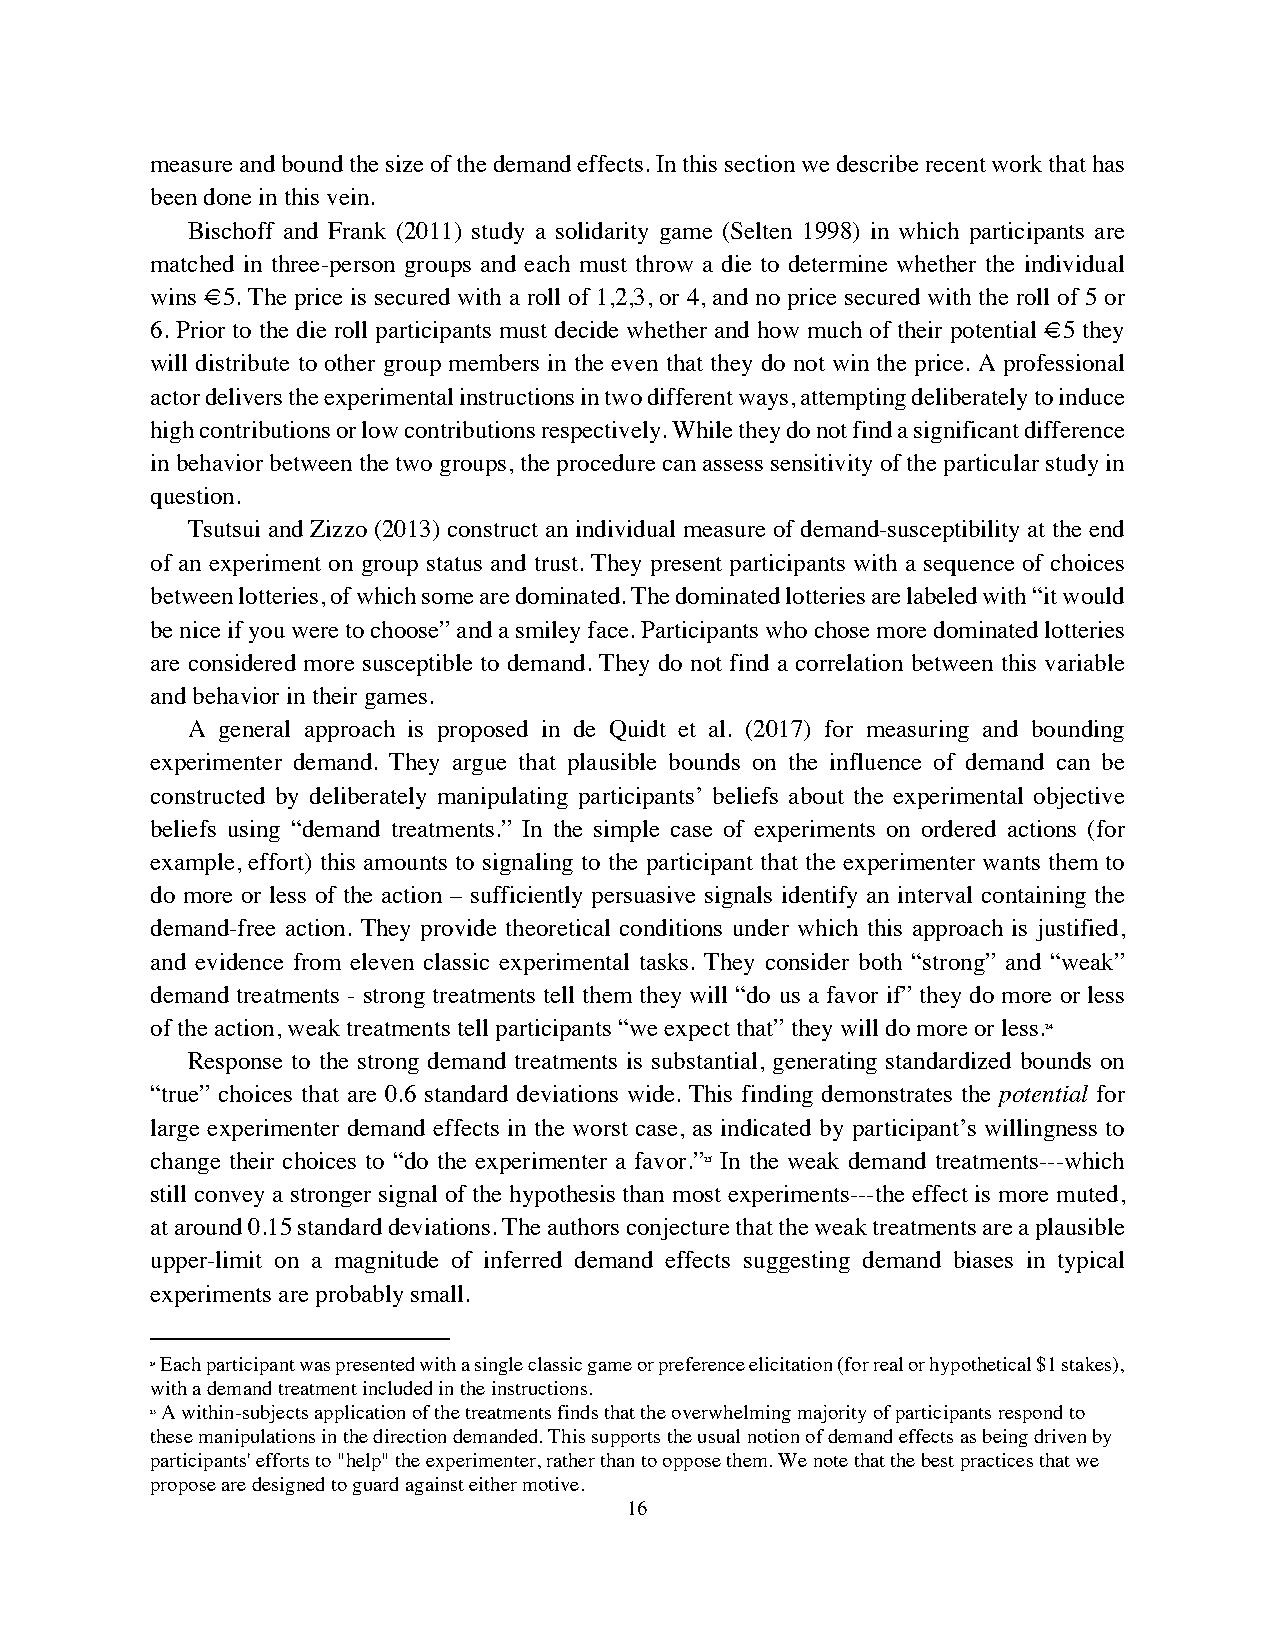
measure and bound the size of the demand effects. In this section we describe recent work that has
 been done in this vein.
 Bischoff and Frank (2011) study a solidarity game (Selten 1998) in which participants are
 matched in three-person groups and each must throw a die to determine whether the individual
 wins €5. The price is secured with a roll of 1,2,3, or 4, and no price secured with the roll of 5 or
 6. Prior to the die roll participants must decide whether and how much of their potential €5 they
 will distribute to other group members in the even that they do not win the price. A professional
 actor delivers the experimental instructions in two different ways, attempting deliberately to induce
 high contributions or low contributions respectively. While they do not find a significant difference
 in behavior between the two groups, the procedure can assess sensitivity of the particular study in
 question.
 Tsutsui and Zizzo (2013) construct an individual measure of demand-susceptibility at the end
 of an experiment on group status and trust. They present participants with a sequence of choices
 between lotteries, of which some are dominated. The dominated lotteries are labeled with “it would
 be nice if you were to choose” and a smiley face. Participants who chose more dominated lotteries
 are considered more susceptible to demand. They do not find a correlation between this variable
 and behavior in their games.
 A general approach is proposed in de Quidt et al. (2017) for measuring and bounding
 experimenter demand. They argue that plausible bounds on the influence of demand can be
 constructed by deliberately manipulating participants’ beliefs about the experimental objective
 beliefs using “demand treatments.” In the simple case of experiments on ordered actions (for
 example, effort) this amounts to signaling to the participant that the experimenter wants them to
 do more or less of the action – sufficiently persuasive signals identify an interval containing the
 demand-free action. They provide theoretical conditions under which this approach is justified,
 and evidence from eleven classic experimental tasks. They consider both “strong” and “weak”
 demand treatments - strong treatments tell them they will “do us a favor if” they do more or less
 of the action, weak treatments tell participants “we expect that” they will do more or less.24
 Response to the strong demand treatments is substantial, generating standardized bounds on
 “true” choices that are 0.6 standard deviations wide. This finding demonstrates the potential for
 large experimenter demand effects in the worst case, as indicated by participant’s willingness to
 change their choices to “do the experimenter a favor.” 25 In the weak demand treatments---which
 still convey a stronger signal of the hypothesis than most experiments---the effect is more muted,
 at around 0.15 standard deviations. The authors conjecture that the weak treatments are a plausible
 upper-limit on a magnitude of inferred demand effects suggesting demand biases in typical
 experiments are probably small.
 24 Each participant was presented with a single classic game or preference elicitation (for real or hypothetical $1 stakes),
 with a demand treatment included in the instructions.
 25 A within-subjects application of the treatments finds that the overwhelming majority of participants respond to
 these manipulations in the direction demanded. This supports the usual notion of demand effects as being driven by
 participants' efforts to "help" the experimenter, rather than to oppose them. We note that the best practices that we
 propose are designed to guard against either motive.
 16